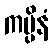
ကပ္ပိနံ